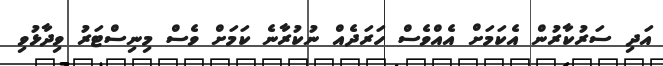
އަދި ސަރުކާރުން އެކަމަށް އެއްވެސް ހަރަދެއް ނުކުރާނެ ކަމަށް ވެސް މިނިސްޓަރު ވިދާޅުވި